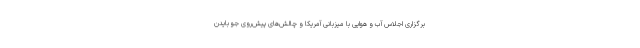
برگزاری اجلاس آب و هوایی با میزبانی آمریکا و چالش‌های پیش‌روی جو بایدن